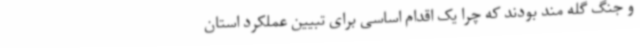
و جنگ گله مند بودند که چرا یک اقدام اساسی برای تبیین عملکرد استان